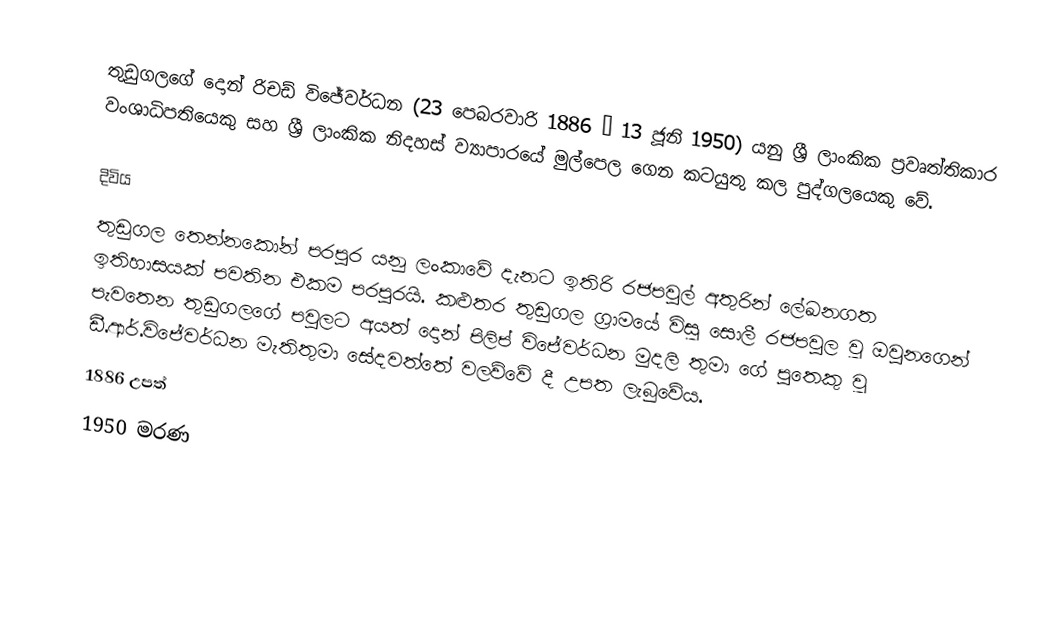
තුඩුගලගේ දොන් රිචඩ් විජේවර්ධන (23 පෙබරවාරි 1886 – 13 ජූනි 1950) යනු ශ්‍රී ලාංකික ප්‍රවෘත්තිකාර වංශාධිපතියෙකු සහ ශ්‍රී ලාංකික නිදහස් ව්‍යාපාරයේ මුල්පෙල ගෙන කටයුතු කල පුද්ගලයෙකු වේ.

දිවිය
තුඩුගල තෙන්නකෝන් පරපුර යනු ලංකාවේ දැනට ඉතිරි රජපවුල් අතුරින් ලේඛනගත ඉතිහාසයක් පවතින එකම පරපුරයි. කළුතර තුඩුගල ග්‍රාමයේ විසූ සොලී රජපවුල වූ ඔවුනගෙන් පැවතෙන තුඩුගලගේ පවුලට අයත් දොන් පිලිප් විජේවර්ධන මුදලි තුමා ගේ පුතෙකු වූ ඩී.ආර්.විජේවර්ධන මැතිතුමා සේදවත්තේ වලව්වේ දී උපත ලැබුවේය.
1886 උපත්
1950 මරණ